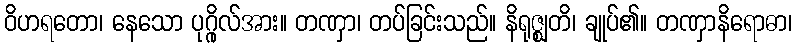
ဝိဟရတော၊ နေသော ပုဂ္ဂိုလ်အား။ တဏှာ၊ တပ်ခြင်းသည်။ နိရုဇ္ဈတိ၊ ချုပ်၏။ တဏှာနိရောဓာ၊